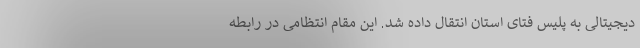
دیجیتالی به پلیس فتای استان انتقال داده شد. این مقام انتظامی در رابطه